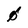
Character: 0